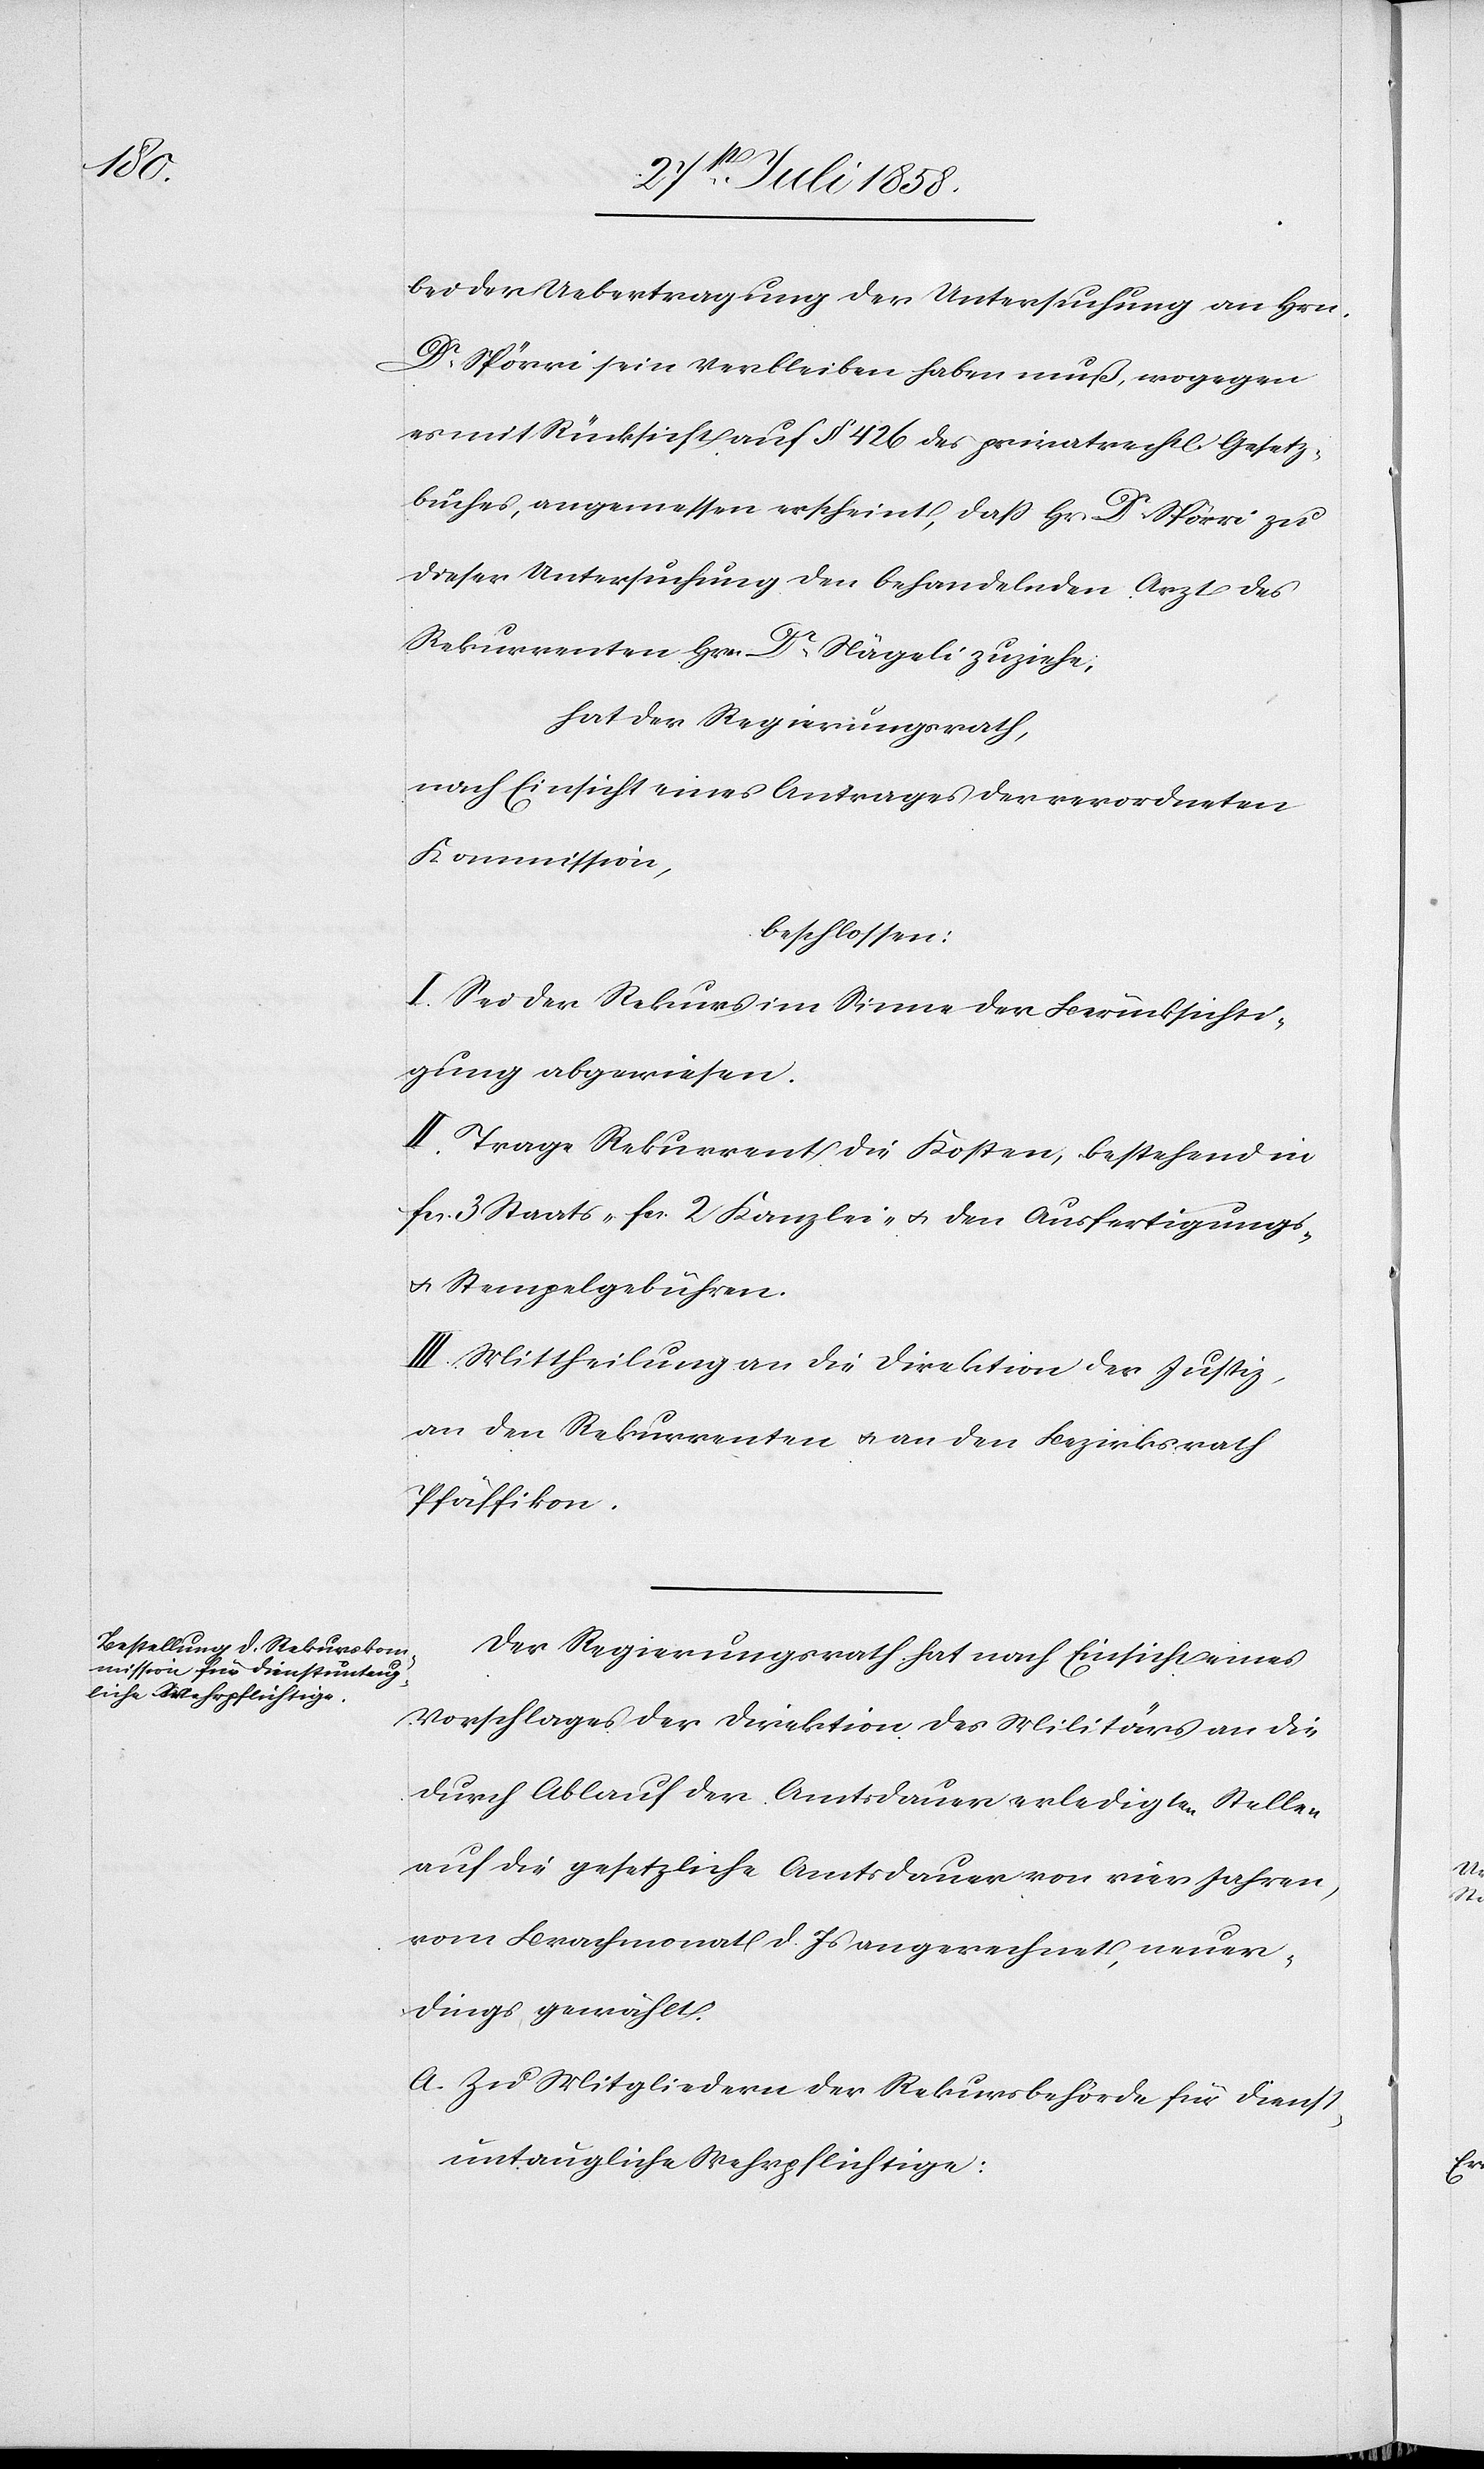
bei der Uebertragung der Untersuchung an Hrn.
Dr. Spörri sein Verbleiben haben muß, wogegen
es mit Rücksicht auf § 426 des privatrechtl. Gesetz¬
buches, angemessen erscheint, dass Hr. Dr. Spörri zu
dieser Untersuchung den behandelnden Arzt des
Rekurrenten Hrn. Dr. Nägeli zuziehe;
hat der Regierungsrath,
nach Einsicht eines Antrages der verordneten
Kommission,
beschlossen:
I. Sei der Rekurs im Sinne der Berücksichti¬
gung abgewiesen.
II. Trage Rekurrent die Kosten, bestehend in
fcs. 3 Staats-[,] fcs. 2 Kanzlei- & den Ausfertigungs-
& Stempelgebühren.
III. Mittheilung an die Direktion der Justiz,
an den Rekurrenten & an den Bezirksrath
Pfäffikon.
Der Regierungsrath hat nach Einsicht eines
Vorschlages der Direktion des Militärs an die
durch Ablauf der Amtsdauer erledigten Stellen
auf die gesetzliche Amtsdauer von vier Jahren,
vom Brachmonat d. Js angerechnet, neuer¬
dings gewählt:
a. Zu Mitgliedern der Rekursbehörde für dienst¬
untaugliche Wehrpflichtige: